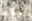
تؤذي